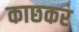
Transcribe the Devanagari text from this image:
काछकर